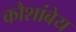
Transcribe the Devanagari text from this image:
कौशांबेय